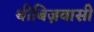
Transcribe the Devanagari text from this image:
थीबिज़वासी